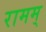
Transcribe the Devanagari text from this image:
रामम्